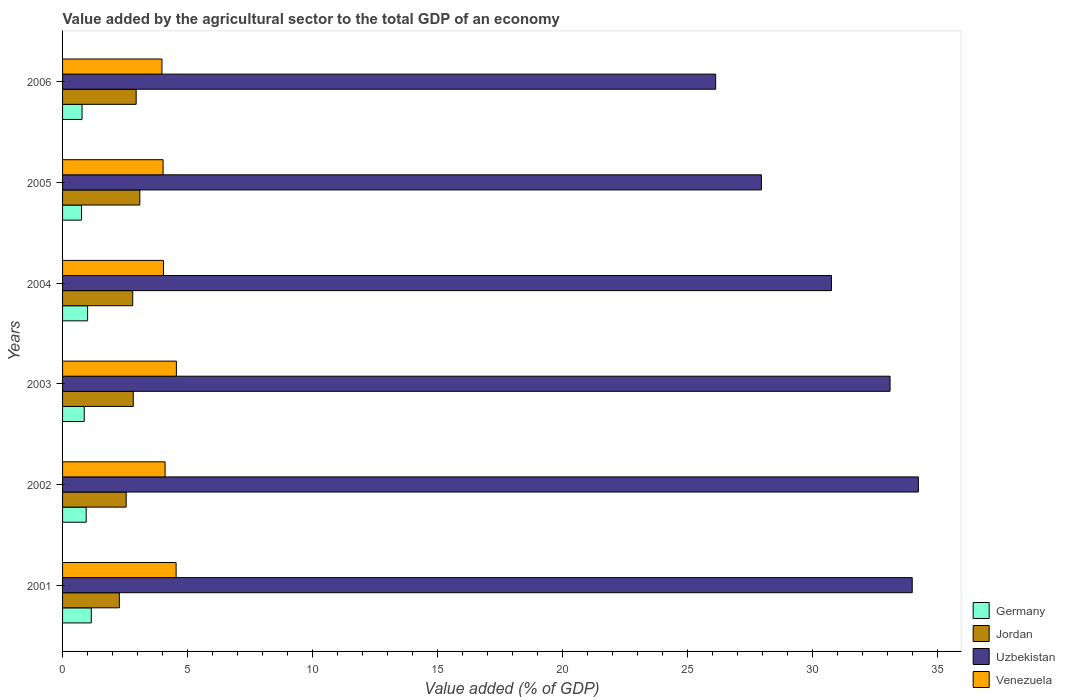
| Years | Germany | Jordan | Uzbekistan | Venezuela |
 | --- | --- | --- | --- | --- |
 | 2001 | 1.15 | 2.27 | 34 | 4.54 |
 | 2002 | 0.946 | 2.55 | 34.3 | 4.1 |
 | 2003 | 0.867 | 2.83 | 33.1 | 4.56 |
 | 2004 | 1 | 2.81 | 30.8 | 4.04 |
 | 2005 | 0.759 | 3.09 | 28 | 4.02 |
 | 2006 | 0.78 | 2.95 | 26.1 | 3.98 |